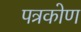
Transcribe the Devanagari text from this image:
पत्रकोण